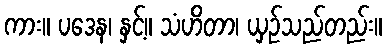
ကား။ ပဒေန၊ နှင့်။ သံဟိတာ၊ ယှဉ်သည်တည်း။